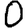
Digit: 0